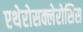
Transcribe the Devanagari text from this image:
एथेरोसक्लेरोसिस